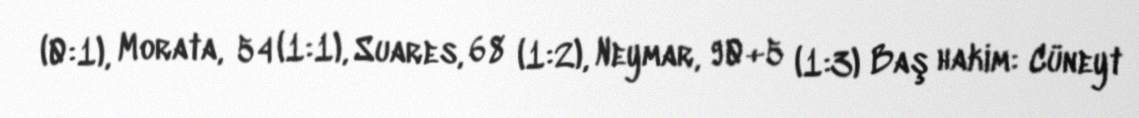
(0:1), Morata, 54 (1:1), Suares, 68 (1:2), Neymar, 90+5 (1:3) Baş hakim: Cüneyt